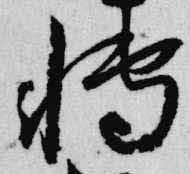
博